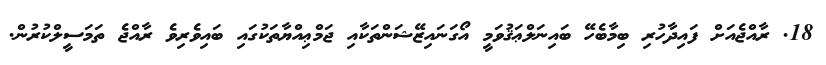
18. ރާއްޖެއަށް ފައިދާހުރި ބިމާބެހޭ ބައިނަލްޢަޤުވަމީ އޯގަނައިޒޭޝަންތަކާއި ޖަމްޢިއްޔާތަކުގައި ބައިވެރިވެ ރާއްޖެ ތަމަސީލްކުރުން.